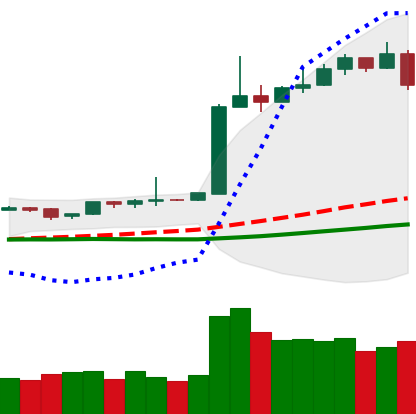
Ticker: BTC-USD
Chart end date: 2019-04-11
Forward return: 3.378%
Label: up_3_5